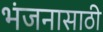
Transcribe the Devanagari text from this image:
भंजनासाठी